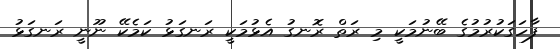
ފާހަގަކުރުމުގެ ބޭނުމަކީ މި ރަތް ރޮނގު އެޅުމަކީ ރަނގަޅު ކަމެކޭ ނޫނީ ރަނގަޅު